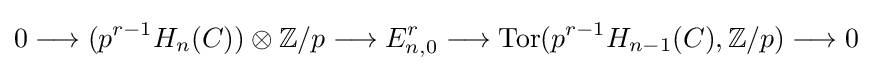
0\longrightarrow (p^{r-1}H_{n}(C))\otimes \mathbb {Z} /p\longrightarrow E_{n,0}^{r}\longrightarrow \operatorname {Tor} (p^{r-1}H_{n-1}(C),\mathbb {Z} /p)\longrightarrow 0